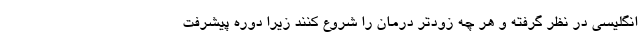
انگلیسی در نظر گرفته و هر چه زودتر درمان را شروع کنند زیرا دوره پیشرفت